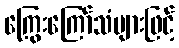
ကြွေးကြော်သံများဖြင့်